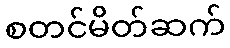
စတင်မိတ်ဆက်